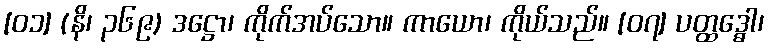
[၀၁] (နိ၊ ၃၆၉) ဒဋ္ဌော၊ ကိုက်အပ်သော။ ကာယော၊ ကိုယ်သည်။ [၀၇] ပတ္ထဒ္ဓေါ၊